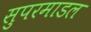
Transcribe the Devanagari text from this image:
सुपरमाडल